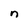
Character: n